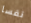
نفسا